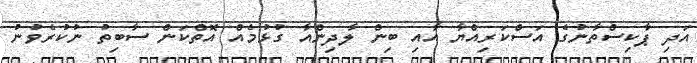
އަދި ޕާކިސްތާނުގެ އަސްކަރިއްޔާ އާއި ބިން ލާދިންއާ ގުޅުމެއް އޮތްކަން ސާބިތު ނުކުރެވުނު